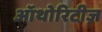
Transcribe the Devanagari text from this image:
ऑथोरिटीज़